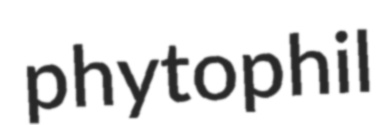
phytophil